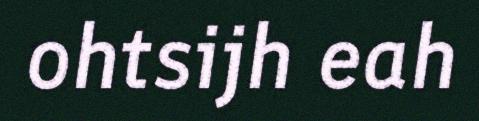
ohtsijh eah